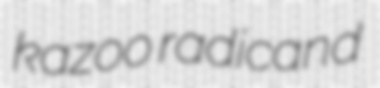
kazoo radicand